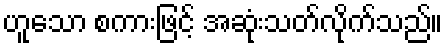
ဟူသော စကားဖြင့် အဆုံးသတ်လိုက်သည်။